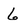
Character: 6